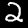
Label: 2